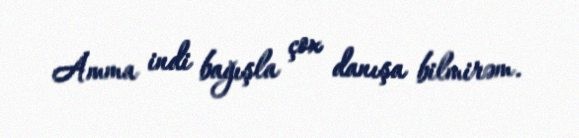
Amma indi bağışla çox danışa bilmirəm.